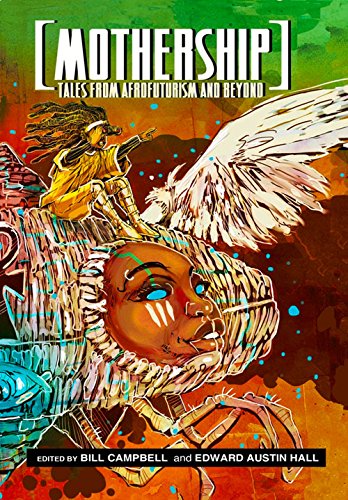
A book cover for Mothership: Tales from Afrofuturism and Beyond; Science Fiction & Fantasy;